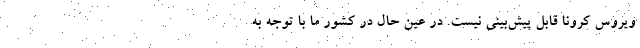
ویروس کرونا قابل پیش‌بینی نیست. در عین حال در کشور ما با توجه به